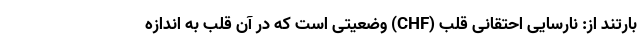
بارتند از: نارسایی احتقانی قلب (CHF) وضعیتی است که در آن قلب به اندازه